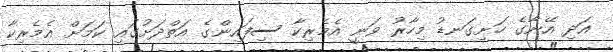
އަދި އޭނާގެ ހަށިގަނޑު މިހާރު ވަނީ އެމެރިކާ ސިފައިންގެ އަތްދަށުގައި ކަމަށް އެމެރިކާ